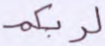
لربكم